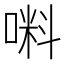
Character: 𠺫